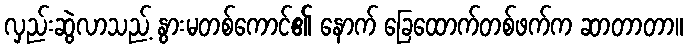
လှည်းဆွဲလာသည့် နွားမတစ်ကောင်၏ နောက် ခြေထောက်တစ်ဖက်က ဆာတာတာ။